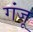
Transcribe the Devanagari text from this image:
गंजू